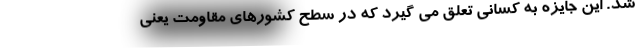
شد. این جایزه به کسانی تعلق می گیرد که در سطح کشورهای مقاومت یعنی